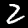
Digit: 2